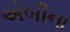
એબીના